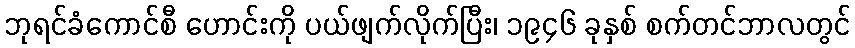
ဘုရင်ခံကောင်စီ ဟောင်းကို ပယ်ဖျက်လိုက်ပြီး၊ ၁၉၄၆ ခုနှစ် စက်တင်ဘာလတွင်